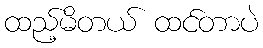
ထည့်မိတယ် ထင်တာပဲ